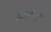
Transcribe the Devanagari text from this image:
संहाराची